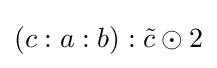
(c:a:b):{\tilde {c}}\odot 2